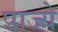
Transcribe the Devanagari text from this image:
पाज्ये